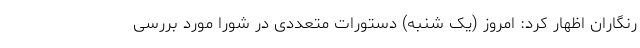
رنگاران اظهار کرد: امروز (یک شنبه) دستورات متعددی در شورا مورد بررسی